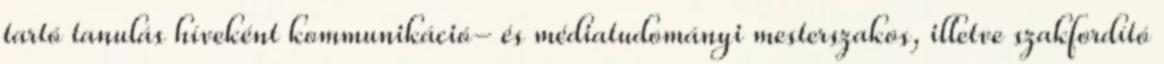
tartó tanulás híveként kommunikáció- és médiatudományi mesterszakos, illetve szakfordító